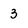
Character: 3